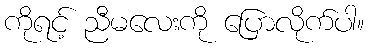
ကိုရင့် ညီမလေးကို ပြောလိုက်ပါ။